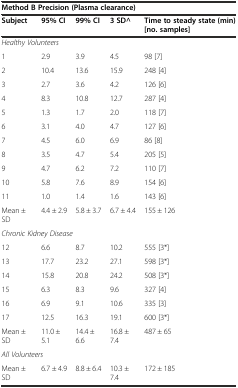
<table><thead><tr><td colspan="5"><b>Method B Precision (Plasma clearance)</b></td></tr><tr><td><b>Subject</b></td><td><b>95% CI</b></td><td><b>99% CI</b></td><td><b>3 SD^</b></td><td><b>Time to steady state (min) [no. samples]</b></td></tr></thead><tbody><tr><td colspan="5"><i>Healthy Volunteers</i></td></tr><tr><td>1</td><td>2.9</td><td>3.9</td><td>4.5</td><td>98 [7]</td></tr><tr><td>2</td><td>10.4</td><td>13.6</td><td>15.9</td><td>248 [4]</td></tr><tr><td>3</td><td>2.7</td><td>3.6</td><td>4.2</td><td>126 [6]</td></tr><tr><td>4</td><td>8.3</td><td>10.8</td><td>12.7</td><td>287 [4]</td></tr><tr><td>5</td><td>1.3</td><td>1.7</td><td>2.0</td><td>118 [7]</td></tr><tr><td>6</td><td>3.1</td><td>4.0</td><td>4.7</td><td>127 [6]</td></tr><tr><td>7</td><td>4.5</td><td>6.0</td><td>6.9</td><td>86 [8]</td></tr><tr><td>8</td><td>3.5</td><td>4.7</td><td>5.4</td><td>205 [5]</td></tr><tr><td>9</td><td>4.7</td><td>6.2</td><td>7.2</td><td>110 [7]</td></tr><tr><td>10</td><td>5.8</td><td>7.6</td><td>8.9</td><td>154 [6]</td></tr><tr><td>11</td><td>1.0</td><td>1.4</td><td>1.6</td><td>143 [6]</td></tr><tr><td>Mean ± SD</td><td>4.4 ± 2.9</td><td>5.8 ± 3.7</td><td>6.7 ± 4.4</td><td>155 ± 126</td></tr><tr><td colspan="5"><i>Chronic Kidney Disease</i></td></tr><tr><td>12</td><td>6.6</td><td>8.7</td><td>10.2</td><td>555 [3*]</td></tr><tr><td>13</td><td>17.7</td><td>23.2</td><td>27.1</td><td>598 [3*]</td></tr><tr><td>14</td><td>15.8</td><td>20.8</td><td>24.2</td><td>508 [3*]</td></tr><tr><td>15</td><td>6.3</td><td>8.3</td><td>9.6</td><td>327 [4]</td></tr><tr><td>16</td><td>6.9</td><td>9.1</td><td>10.6</td><td>335 [3]</td></tr><tr><td>17</td><td>12.5</td><td>16.3</td><td>19.1</td><td>600 [3*]</td></tr><tr><td>Mean ± SD</td><td>11.0 ± 5.1</td><td>14.4 ± 6.6</td><td>16.8 ± 7.4</td><td>487 ± 65</td></tr><tr><td colspan="5"><i>All Volunteers</i></td></tr><tr><td>Mean ± SD</td><td>6.7 ± 4.9</td><td>8.8 ± 6.4</td><td>10.3 ± 7.4</td><td>172 ± 185</td></tr></tbody></table>